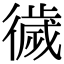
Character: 𢕺